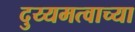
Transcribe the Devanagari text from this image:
दुय्यमत्वाच्या